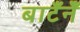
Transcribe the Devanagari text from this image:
बाटँनेँ